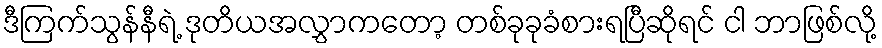
ဒီကြက်သွန်နီရဲ့ ဒုတိယအလွှာကတော့ တစ်ခုခုခံစားရပြီဆိုရင် ငါ ဘာဖြစ်လို့